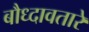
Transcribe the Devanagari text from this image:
बौध्दावतारे